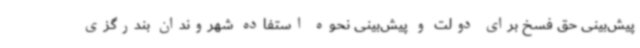
پیش‌بینی حق فسخ برای دولت و پیش‌بینی نحوه استفاده شهروندان بندرگزی